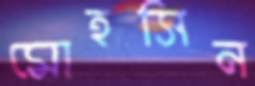
মোহসিন